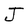
Character: J